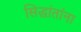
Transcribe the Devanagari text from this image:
सिद्धांतांना